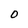
Character: O